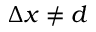
\Delta x \neq d